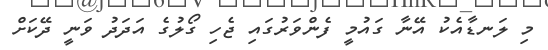
މި ލަނޑާއެކު އޭނާ ގައުމީ ފެންވަރުގައި ޖެހި ގޯލުގެ އަދަދު ވަނީ ދޭކަށް